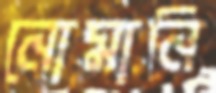
নোমানি